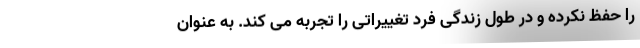
را حفظ نکرده و در طول زندگی فرد تغییراتی را تجربه می کند. به عنوان